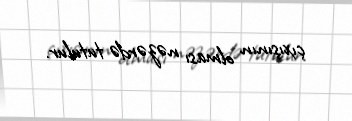
çıxışının olması nəzərdə tutulur.